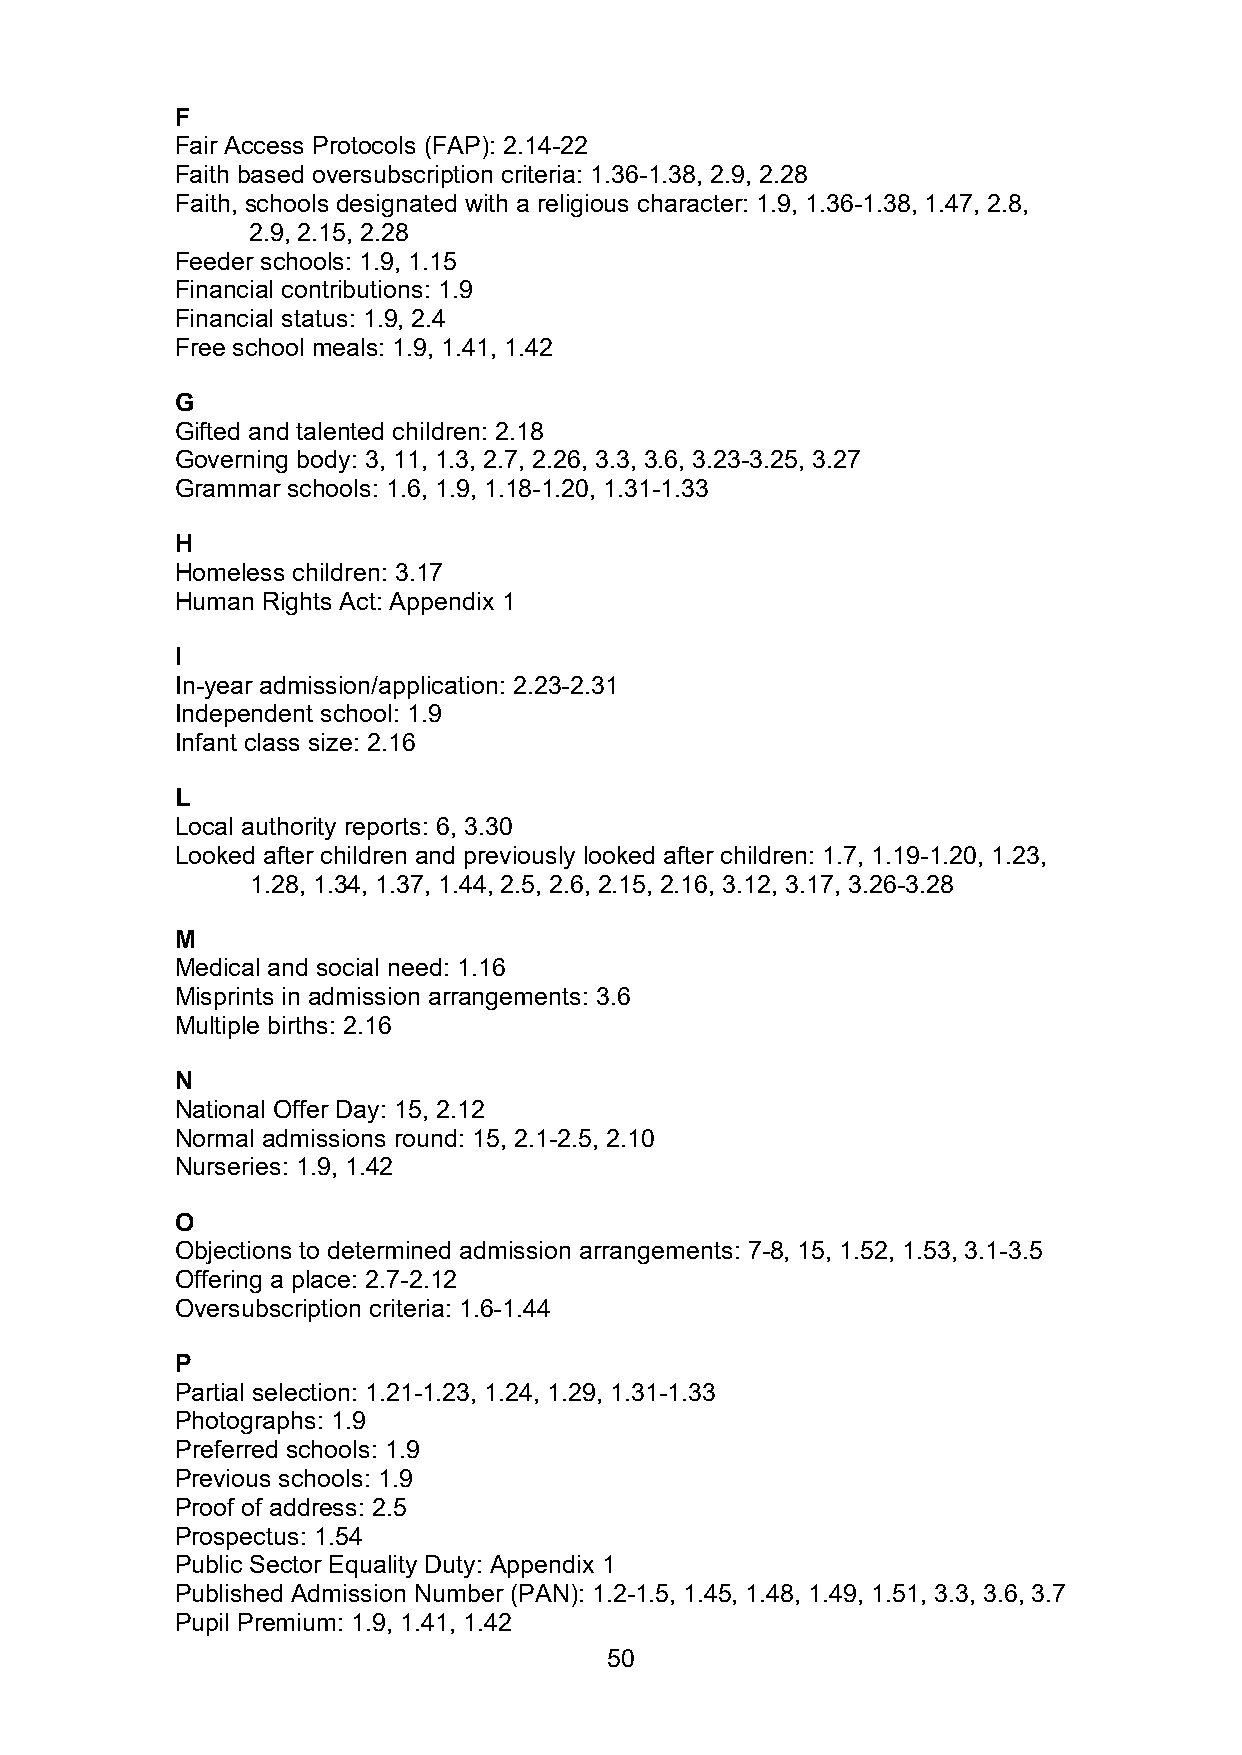
F
 Fair Access Protocols (FAP): 2.14-22
 Faith based oversubscription criteria: 1.36-1.38, 2.9, 2.28
 Faith, schools designated with a religious character: 1.9, 1.36-1.38, 1.47, 2.8,
 2.9, 2.15, 2.28
 Feeder schools: 1.9, 1.15
 Financial contributions: 1.9
 Financial status: 1.9, 2.4
 Free school meals: 1.9, 1.41, 1.42
 G
 Gifted and talented children: 2.18
 Governing body: 3, 11, 1.3, 2.7, 2.26, 3.3, 3.6, 3.23-3.25, 3.27
 Grammar schools: 1.6, 1.9, 1.18-1.20, 1.31-1.33
 H
 Homeless children: 3.17
 Human Rights Act: Appendix 1
 I
 In-year admission/application: 2.23-2.31
 Independent school: 1.9
 Infant class size: 2.16
 L
 Local authority reports: 6, 3.30
 Looked after children and previously looked after children: 1.7, 1.19-1.20, 1.23,
 1.28, 1.34, 1.37, 1.44, 2.5, 2.6, 2.15, 2.16, 3.12, 3.17, 3.26-3.28
 M
 Medical and social need: 1.16
 Misprints in admission arrangements: 3.6
 Multiple births: 2.16
 N
 National Offer Day: 15, 2.12
 Normal admissions round: 15, 2.1-2.5, 2.10
 Nurseries: 1.9, 1.42
 O
 Objections to determined admission arrangements: 7-8, 15, 1.52, 1.53, 3.1-3.5
 Offering a place: 2.7-2.12
 Oversubscription criteria: 1.6-1.44
 P
 Partial selection: 1.21-1.23, 1.24, 1.29, 1.31-1.33
 Photographs: 1.9
 Preferred schools: 1.9
 Previous schools: 1.9
 Proof of address: 2.5
 Prospectus: 1.54
 Public Sector Equality Duty: Appendix 1
 Published Admission Number (PAN): 1.2-1.5, 1.45, 1.48, 1.49, 1.51, 3.3, 3.6, 3.7
 Pupil Premium: 1.9, 1.41, 1.42
 50